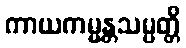
ကာယကမ္မန္တသမ္ပတ္တိ